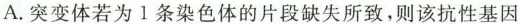
A.突变体若为1条染色体的片段缺失所致，则该抗性基因